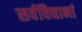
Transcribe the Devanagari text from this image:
सर्वविद्यानां